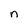
Character: n